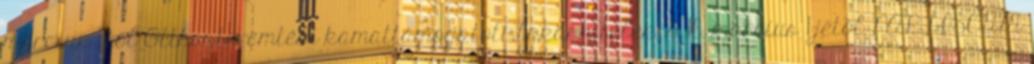
március 1-től Otthonteremtési kamattámogatott lakáshitelek 2016. március 1-jétől PARTISCUM